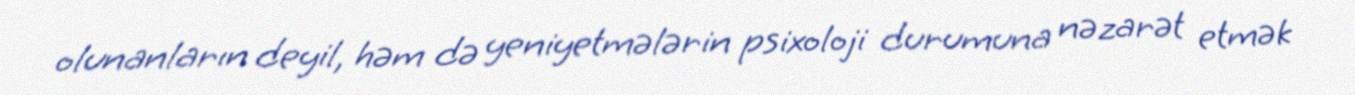
olunanların deyil, həm də yeniyetmələrin psixoloji durumuna nəzarət etmək